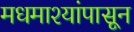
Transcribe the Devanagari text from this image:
मधमाश्यांपासून